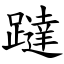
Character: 躂